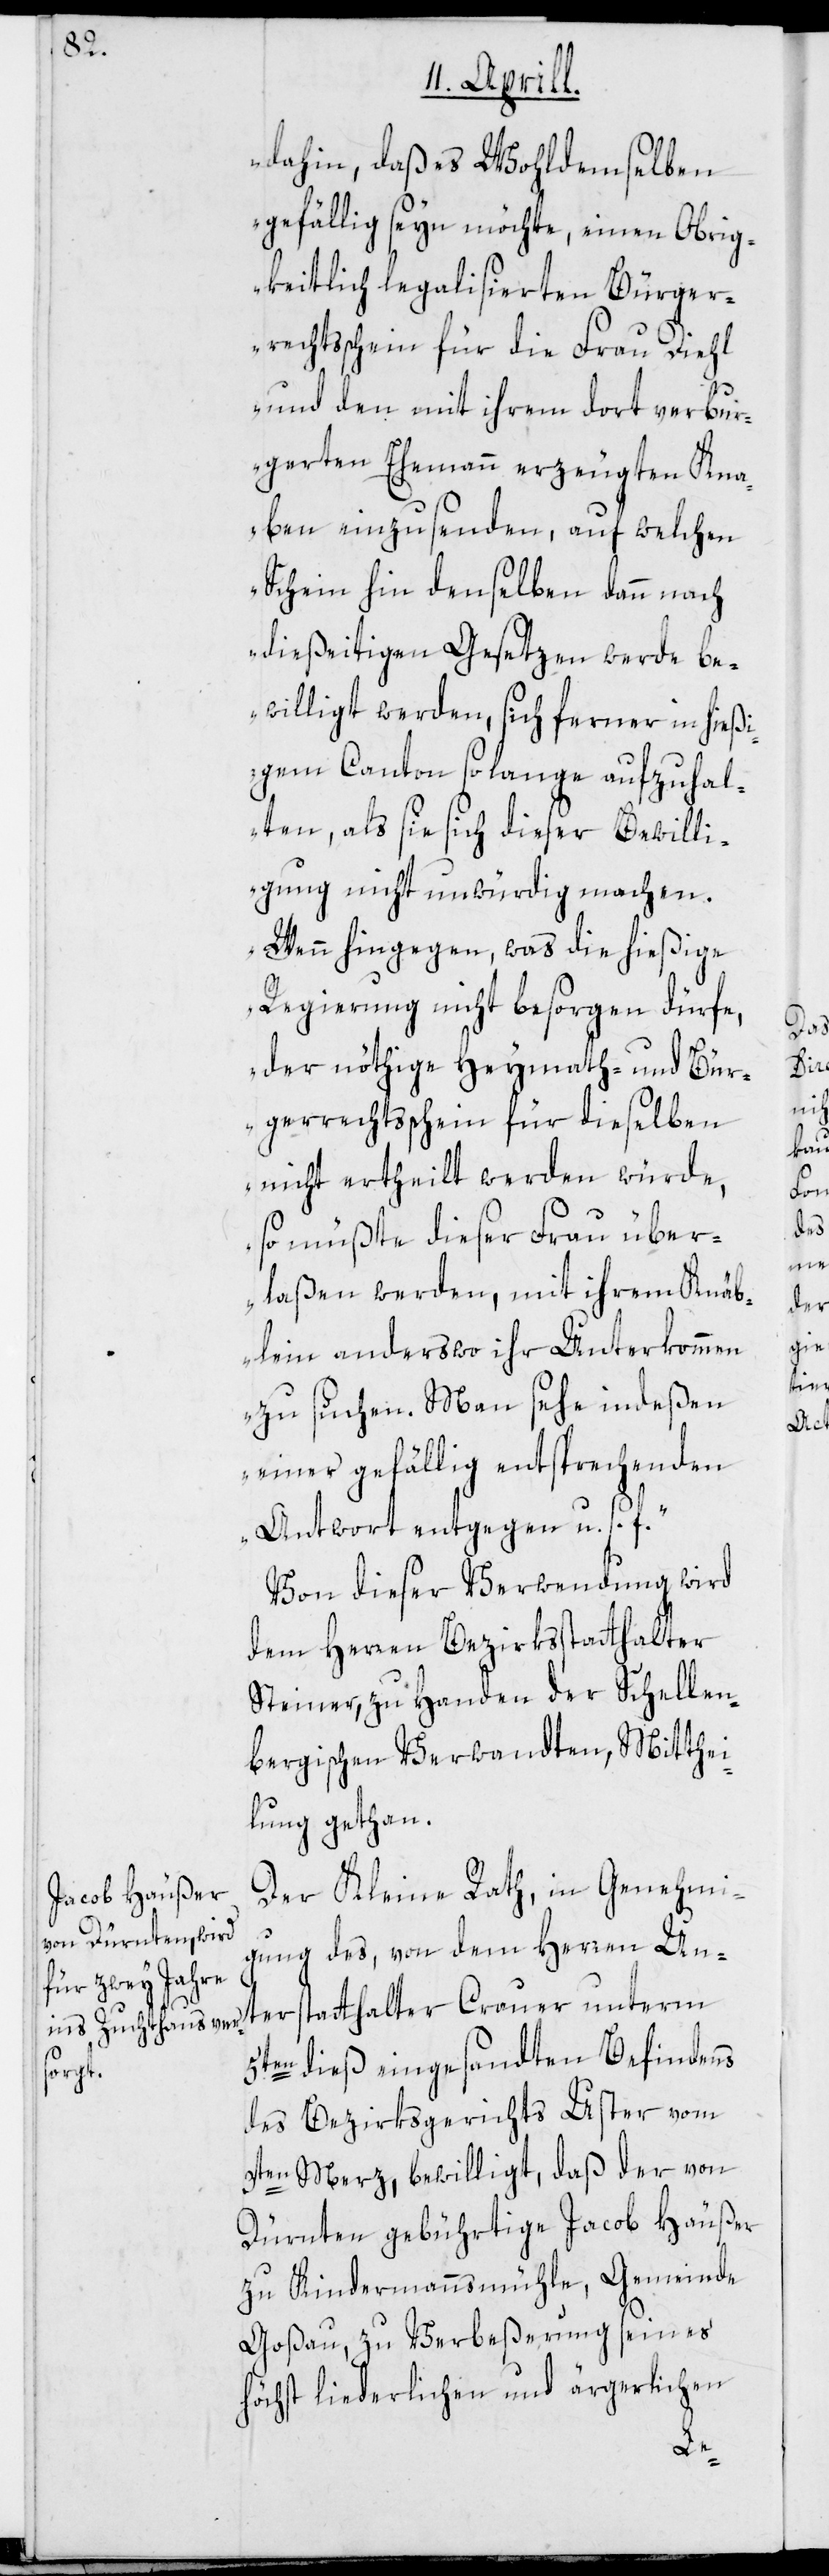
dahin, daß es Wohldemselben
gefällig seyn möchte, einen Obrig¬
keitlich legalisierten Bürger¬
rechtsschein für die Frau Diehl
und den mit ihrem dort verbur¬
gerten Ehemann erzeugten Kna¬
ben einzusenden, auf welchen
Schein hin denselben dann nach
dießseitigen Gesetzen werde be¬
willigt werden, sich ferner in hießi¬
gem Canton so lange aufzuhal¬
ten, als sie sich dieser Bewilli¬
gung nicht unwürdig machen.
Wenn hingegen, was die hießige
Regierung nicht besorgen dürfe,
der nöthige Heymath- und Bür¬
gerrechtsschein für dieselben
nicht ertheilt werden würde,
so müßte dieser Frau über¬
laßen werden, mit ihrem Knäb¬
lein anderswo ihr Unterkommen
zu suchen. Man sehe indeßen
einer gefällig entsprechenden
Antwort entgegen, u. s. f.“
Von dieser Verwendung wird
dem Herren Bezirksstatthalter
Steiner, zu Handen der Schellen¬
bergischen Verwandten, Mitthei¬
lung gethan.
Der Kleine Rath, in Genehmi¬
gung des, von dem Herren Un¬
5ten dieß eingesandten Befindens
attha¬
des Bezirksgerichts Uster vom
3ten Merz, bewilligt, daß der von
Dürnten gebührtige Jacob Häußer
zu Kindermannsmühle, Gemeinde
Goßau, zu Verbeßerung seines
höchst liederlichen und ärgerlichen
lter